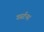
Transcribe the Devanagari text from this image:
गर्स्टनर